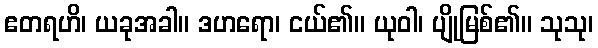
ဧတရဟိ၊ ယခုအခါ။ ဒဟရော၊ ငယ်၏။ ယုဝါ၊ ပျိုမြစ်၏။ သုသု၊